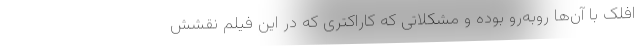
افلک با آن‌ها روبه‌رو بوده و مشکلاتی که کاراکتری که در این فیلم نقشش